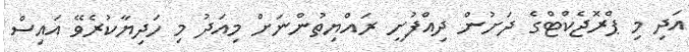
އަދި މި ޕްރޮޖެކްޓްގެ ދަށުން ދިއްފުށީ ރައްޔިތުންނަށް މިއަދު މި ހަދިޔާކުރެވޭ އައިސް